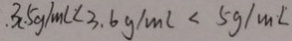
3 . 5 g / m l < 3 . 6 g / m l < 5 g / m L